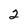
Character: 2